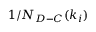
1 / N _ { D - C } ( k _ { i } )